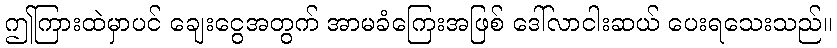
ဤကြားထဲမှာပင် ချေးငွေအတွက် အာမခံကြေးအဖြစ် ဒေါ်လာငါးဆယ် ပေးရသေးသည်။